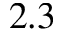
2 . 3